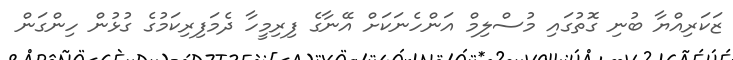
ޒަކަރިއްޔާ ބުނި ގޮތުގައި މުސްލިމް އަންހެނަކަށް އޭނާގެ ފިރިމީހާ ދެމަފިރިކަމުގެ ގުޅުން ހިންގަން